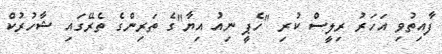
ފާއިތުވި އަހަރު ރިލީސް ކުރި "ހެޕީ ނިއު އިޔާ"ގެ ތަރިންގެ ތެރޭގައި ޝާހުރުކް